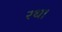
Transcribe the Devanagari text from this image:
रथ।